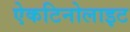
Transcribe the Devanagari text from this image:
ऐकटिनोलाइट